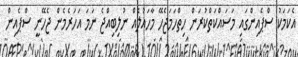
އެކަމަކު ސްޕެއިންގައި މަސައްކަތްކުރަން ހިތްހަމަޖެހޭ މާހައުލެއް ނުލިބިއްޖެ ނަަމަ އަހަރެމެން ޖެހޭނީ ސްޕެއިން